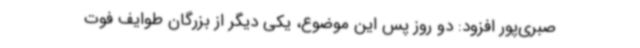
صبری‌پور افزود: دو روز پس این موضوع، یکی دیگر از بزرگان طوایف فوت